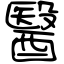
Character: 醫